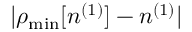
\vert \rho _ { \mathrm { m i n } } [ n ^ { ( 1 ) } ] - n ^ { ( 1 ) } \vert